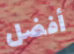
أفضل